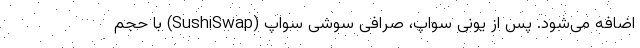
اضافه می‌شود. پس از یونی سواپ، صرافی سوشی سواپ (SushiSwap) با حجم